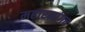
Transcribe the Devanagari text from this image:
महारमांगच